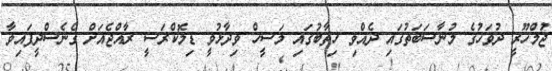
ޖުމްހޫރީ ދުވަހުގެ މުނާސަބަތުގައި ދެއްވި ޚިތާބުގައި މަސީހް ވިދާޅުވީ ޑިމޮކްރަސީ ރާއްޖެއަށް ގެނެސްދީފައިވާ